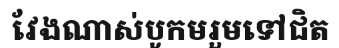
វែងណាស់បូកមរួមទៅជិត